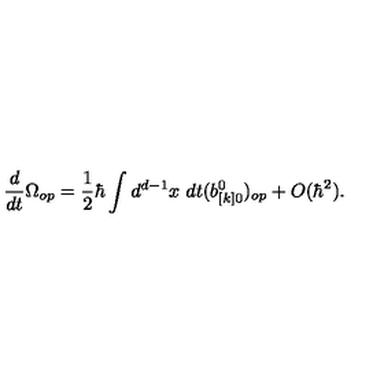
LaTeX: { \frac { d } { d t } } \Omega _ { o p } = { \frac { 1 } { 2 } } \hbar \int d ^ { d - 1 } x \ d t ( b _ { [ k ] 0 } ^ { 0 } ) _ { o p } + O ( \hbar ^ { 2 } ) .